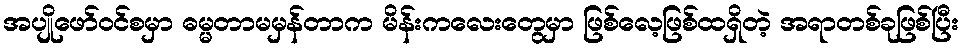
အပျိုဖော်ဝင်စမှာ ဓမ္မတာမမှန်တာက မိန်းကလေးတွေမှာ ဖြစ်လေ့ဖြစ်ထရှိတဲ့ အရာတစ်ခုဖြစ်ပြီး